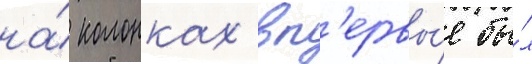
на́ колонках вп'ервы́е бы́л